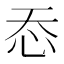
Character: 㤁